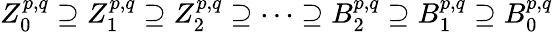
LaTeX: Z_{0}^{p,q}\supseteq Z_{1}^{p,q}\supseteq Z_{2}^{p,q}\supseteq\cdots\supseteq B_{2}^{p,q}\supseteq B_{1}^{p,q}\supseteq B_{0}^{p,q}